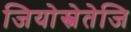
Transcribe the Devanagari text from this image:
जियोस्त्रेतेजि